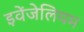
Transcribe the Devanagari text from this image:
इवेंजेलियम